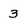
Character: 3